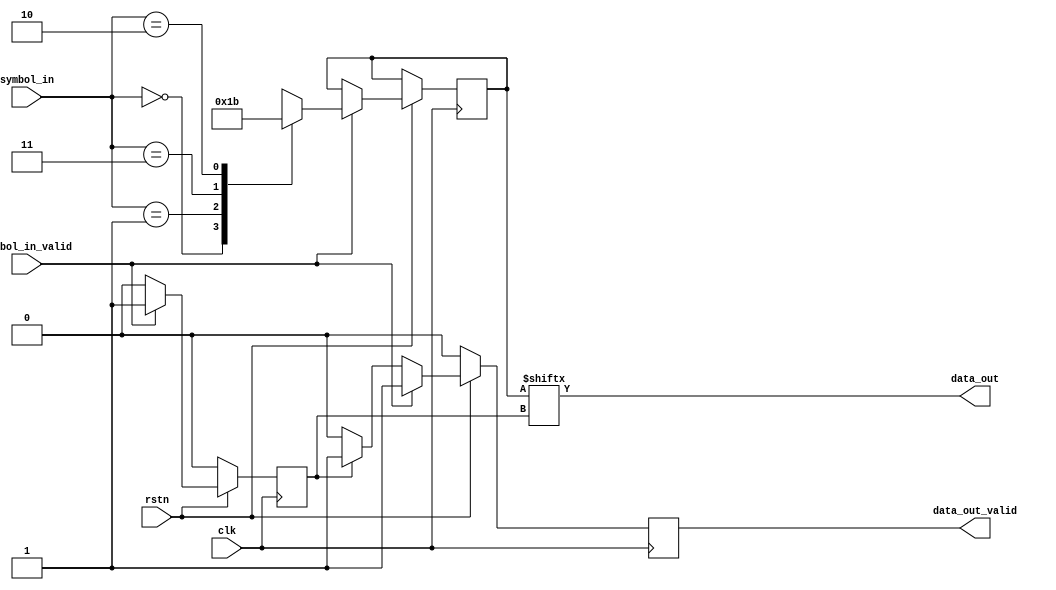
module grey_decode(
    input clk,
    input rstn,
    input [1:0] symbol_in,
    input symbol_in_valid,
    output data_out,
    output reg data_out_valid = 0);
    
    //stores most recent grey-decoded valid symbol
    reg [1:0] cur_symbol;
    
    //index of cur symbol to output
    reg bit_idx = 0;
    
    assign data_out = cur_symbol[bit_idx];
    
    always @ (posedge clk)
        
        //reset
        if (!rstn) begin
            data_out_valid <= 0;
            bit_idx <= 0;
            
        end else begin
        
            //take in new valid symbol and decode it
            if (symbol_in_valid) begin
                case(symbol_in)
                    2'b00: cur_symbol <= 2'b00;
                    2'b01: cur_symbol <= 2'b01;
                    2'b11: cur_symbol <= 2'b10;
                    2'b10: cur_symbol <= 2'b11;
                endcase
                bit_idx <= 1;
                data_out_valid <= 1;
            
            //decrement bit_idx
            end else if (bit_idx ==1) begin
                bit_idx <= 0;
                data_out_valid <= 1;
            end else begin
                data_out_valid <= 0;
        end
    end
        
endmodule